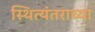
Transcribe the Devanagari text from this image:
स्थित्यंतराच्या